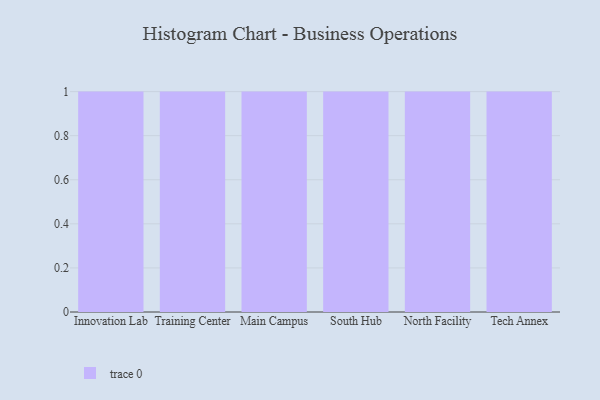
{"axis": {"x": "Campus", "y": "Budget (USD K)"}, "legend": [""], "data": [{"x": "Innovation Lab", "y": 77, "type": ""}, {"x": "Training Center", "y": 83, "type": ""}, {"x": "Main Campus", "y": 64, "type": ""}, {"x": "South Hub", "y": 75, "type": ""}, {"x": "North Facility", "y": 76, "type": ""}, {"x": "Tech Annex", "y": 24, "type": ""}]}